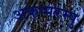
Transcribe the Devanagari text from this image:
अकप्परम्पु